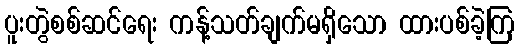
ပူးတွဲစစ်ဆင်ရေး ကန့်သတ်ချက်မရှိသော ထားပစ်ခဲ့ကြ